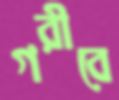
গরীবে